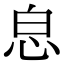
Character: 𢘣